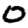
Digit: 0